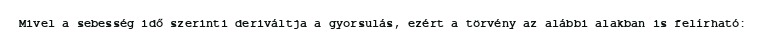
Mivel a sebesség idő szerinti deriváltja a gyorsulás, ezért a törvény az alábbi alakban is felírható: